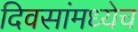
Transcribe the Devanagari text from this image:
दिवसांमध्येच